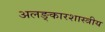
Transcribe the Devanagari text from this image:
अलङ्कारशास्त्रीय